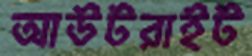
আউটরাইট